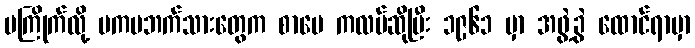
မကြိုက်လို့ ဗကပဘက်သားတွေက စာပေ ကလပ်ဆိုပြီး ၁၉၆၁ မှာ အဖွဲ့ခွဲ ထောင်ရာမှာ